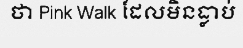
ថា Pink Walk ដែលមិនធ្លាប់